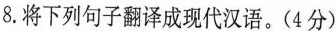
8.将下列句子翻译成现代汉语。(4分)